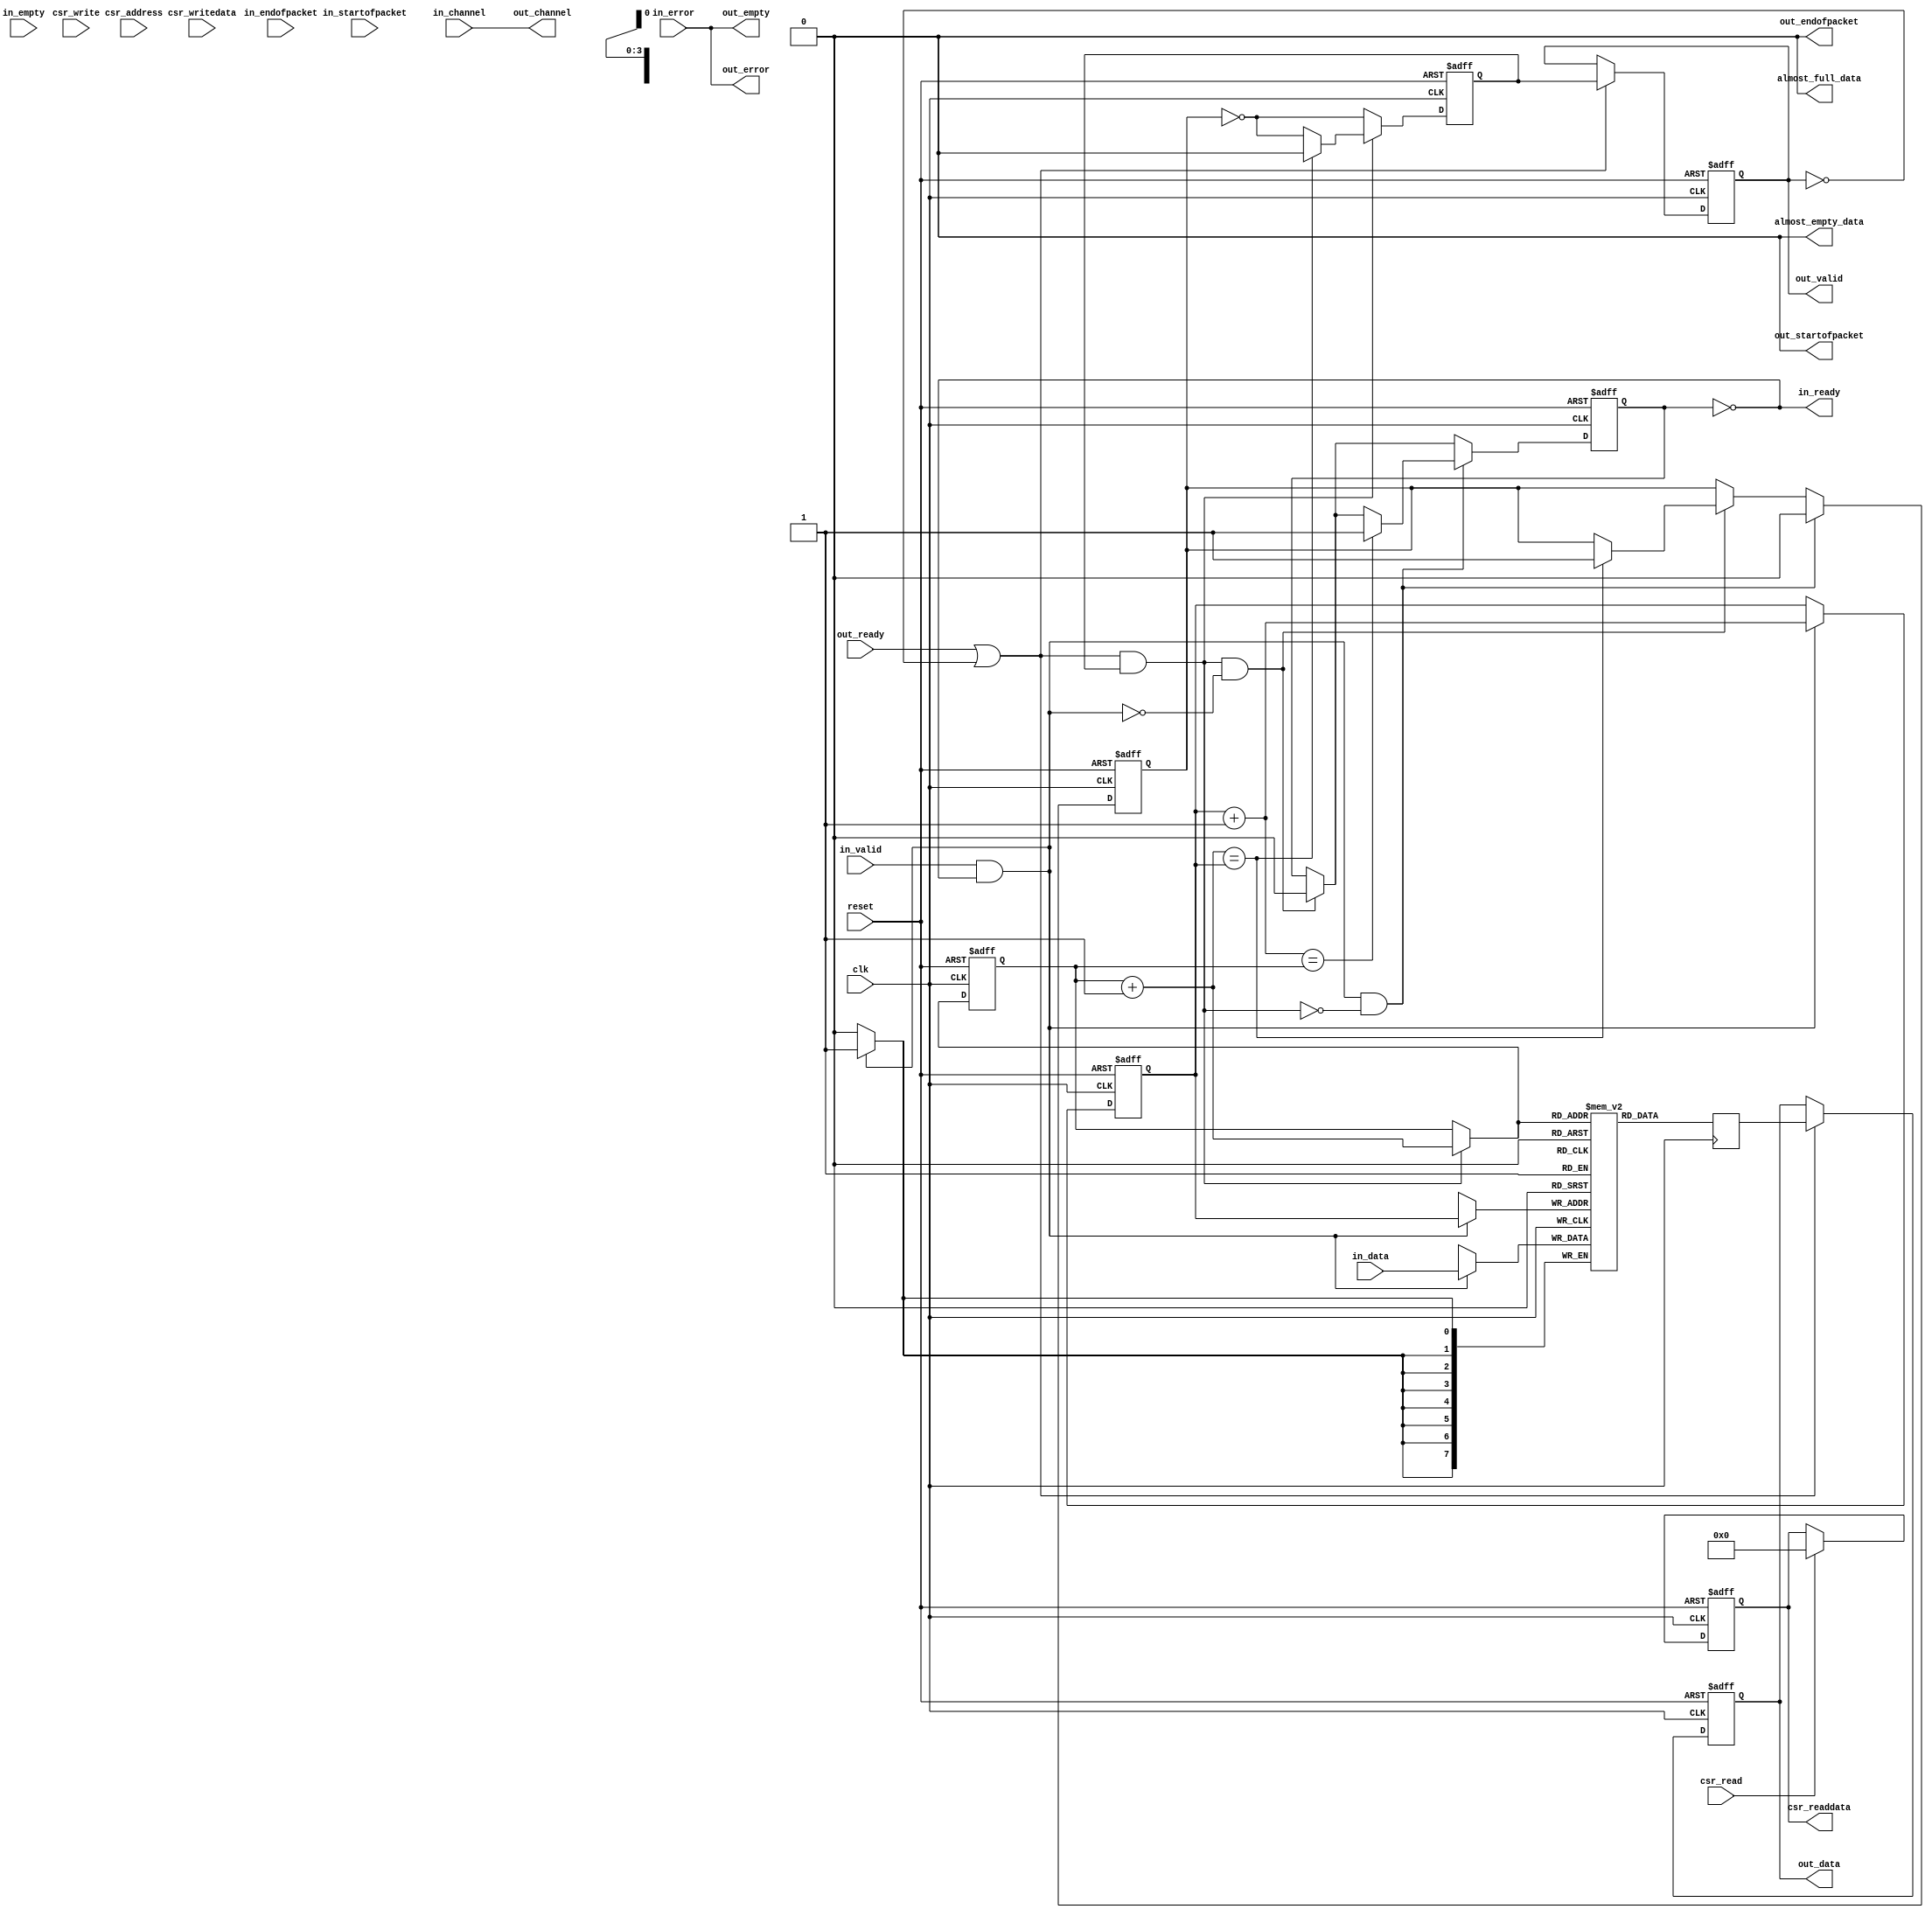
module ddr2_v10_1_altera_avalon_sc_fifo
#(
    parameter SYMBOLS_PER_BEAT  = 1,
    parameter BITS_PER_SYMBOL   = 8,
    parameter FIFO_DEPTH        = 16,
    parameter CHANNEL_WIDTH     = 0,
    parameter ERROR_WIDTH       = 0,
    parameter USE_PACKETS       = 0,
    parameter USE_FILL_LEVEL    = 0,
    parameter USE_STORE_FORWARD = 0,
    parameter USE_ALMOST_FULL_IF = 0,
    parameter USE_ALMOST_EMPTY_IF = 0,

    parameter EMPTY_LATENCY     = 3,
    parameter USE_MEMORY_BLOCKS = 1,

    parameter DATA_WIDTH  = SYMBOLS_PER_BEAT * BITS_PER_SYMBOL,
    parameter EMPTY_WIDTH = log2ceil(SYMBOLS_PER_BEAT)
)
(
    input                       clk,
    input                       reset,

    input [DATA_WIDTH-1: 0]     in_data,
    input                       in_valid,
    input                       in_startofpacket,
    input                       in_endofpacket,
    input [((EMPTY_WIDTH>0) ? (EMPTY_WIDTH-1):0) : 0]     in_empty,
    input [((ERROR_WIDTH>0) ? (ERROR_WIDTH-1):0) : 0]     in_error,
    input [((CHANNEL_WIDTH>0) ? (CHANNEL_WIDTH-1):0): 0]  in_channel,
    output                      in_ready,

    output [DATA_WIDTH-1 : 0]   out_data,
    output reg                  out_valid,
    output                      out_startofpacket,
    output                      out_endofpacket,
    output [((EMPTY_WIDTH>0) ? (EMPTY_WIDTH-1):0) : 0]    out_empty,
    output [((ERROR_WIDTH>0) ? (ERROR_WIDTH-1):0) : 0]    out_error,
    output [((CHANNEL_WIDTH>0) ? (CHANNEL_WIDTH-1):0): 0] out_channel,
    input                       out_ready,

    input [(USE_STORE_FORWARD ? 2 : 1) : 0]   csr_address,
    input                       csr_write,
    input                       csr_read,
    input [31 : 0]              csr_writedata,
    output reg [31 : 0]         csr_readdata,

    output  wire                almost_full_data,
    output  wire                almost_empty_data
);

    localparam ADDR_WIDTH   = log2ceil(FIFO_DEPTH);
    localparam DEPTH        = FIFO_DEPTH;
    localparam PKT_SIGNALS_WIDTH = 2 + EMPTY_WIDTH;
    localparam PAYLOAD_WIDTH     = (USE_PACKETS == 1) ? 
                   2 + EMPTY_WIDTH + DATA_WIDTH + ERROR_WIDTH + CHANNEL_WIDTH:
                   DATA_WIDTH + ERROR_WIDTH + CHANNEL_WIDTH;

    genvar i;

    reg [PAYLOAD_WIDTH-1 : 0] mem [DEPTH-1 : 0];
    reg [ADDR_WIDTH-1 : 0]  wr_ptr;
    reg [ADDR_WIDTH-1 : 0]  rd_ptr;
    reg [DEPTH-1      : 0]  mem_used;

    wire [ADDR_WIDTH-1 : 0] next_wr_ptr;
    wire [ADDR_WIDTH-1 : 0] next_rd_ptr;
    wire [ADDR_WIDTH-1 : 0] incremented_wr_ptr;
    wire [ADDR_WIDTH-1 : 0] incremented_rd_ptr;

    wire [ADDR_WIDTH-1 : 0] mem_rd_ptr;

    wire read;
    wire write;

    reg empty;
    reg next_empty;
    reg full;
    reg next_full;

    wire [PKT_SIGNALS_WIDTH-1 : 0] in_packet_signals;
    wire [PKT_SIGNALS_WIDTH-1 : 0] out_packet_signals;
    wire [PAYLOAD_WIDTH-1 : 0] in_payload;
    reg  [PAYLOAD_WIDTH-1 : 0] internal_out_payload;
    reg  [PAYLOAD_WIDTH-1 : 0] out_payload;

    reg  internal_out_valid;
    wire internal_out_ready;

    reg  [ADDR_WIDTH : 0] fifo_fill_level;
    reg  [ADDR_WIDTH : 0] fill_level;

    reg  [ADDR_WIDTH-1 : 0]   sop_ptr = 0;
    reg  [23:0]   almost_full_threshold;
    reg  [23:0]   almost_empty_threshold;
    reg  [23:0]   cut_through_threshold;
    reg  [15:0]   pkt_cnt;
    reg           drop_on_error_en;
    reg           error_in_pkt;
    reg           pkt_has_started;
    reg           sop_has_left_fifo;
    reg           fifo_too_small_r;
    reg           pkt_cnt_eq_zero;
    reg           pkt_cnt_eq_one;

    wire          wait_for_threshold;
    reg           pkt_mode;
    wire          wait_for_pkt;
    wire          ok_to_forward;
    wire          in_pkt_eop_arrive;
    wire          out_pkt_leave;
    wire          in_pkt_start;
    wire          in_pkt_error;
    wire          drop_on_error;
    wire          fifo_too_small;
    wire          out_pkt_sop_leave;
    wire [31:0]   max_fifo_size;

    generate
        if (EMPTY_WIDTH > 0) begin
            assign in_packet_signals = {in_startofpacket, in_endofpacket, in_empty};
            assign {out_startofpacket, out_endofpacket, out_empty} = out_packet_signals;
        end 
        else begin
            assign out_empty = in_error;
            assign in_packet_signals = {in_startofpacket, in_endofpacket};
            assign {out_startofpacket, out_endofpacket} = out_packet_signals;
        end
    endgenerate

    generate
        if (USE_PACKETS) begin
            if (ERROR_WIDTH > 0) begin
                if (CHANNEL_WIDTH > 0) begin
                    assign in_payload = {in_packet_signals, in_data, in_error, in_channel};
                    assign {out_packet_signals, out_data, out_error, out_channel} = out_payload;
                end
                else begin
                    assign out_channel = in_channel;
                    assign in_payload = {in_packet_signals, in_data, in_error};
                    assign {out_packet_signals, out_data, out_error} = out_payload;
                end
            end
            else begin
                assign out_error = in_error;
                if (CHANNEL_WIDTH > 0) begin
                    assign in_payload = {in_packet_signals, in_data, in_channel};
                    assign {out_packet_signals, out_data, out_channel} = out_payload;
                end
                else begin
                    assign out_channel = in_channel;
                    assign in_payload = {in_packet_signals, in_data};
                    assign {out_packet_signals, out_data} = out_payload;
                end
            end
        end
        else begin 
            assign out_packet_signals = 0;
            if (ERROR_WIDTH > 0) begin
                if (CHANNEL_WIDTH > 0) begin
                    assign in_payload = {in_data, in_error, in_channel};
                    assign {out_data, out_error, out_channel} = out_payload;
                end
                else begin
                    assign out_channel = in_channel;
                    assign in_payload = {in_data, in_error};
                    assign {out_data, out_error} = out_payload;
                end
            end
            else begin
                assign out_error = in_error;
                if (CHANNEL_WIDTH > 0) begin
                    assign in_payload = {in_data, in_channel};
                    assign {out_data, out_channel} = out_payload;
                end
                else begin
                    assign out_channel = in_channel;
                    assign in_payload = in_data;
                    assign out_data = out_payload;
                end
            end
        end
    endgenerate

    generate if (USE_MEMORY_BLOCKS == 1) begin

        if (EMPTY_LATENCY == 1) begin

            always @(posedge clk) begin
                if (in_valid && in_ready)
                    mem[wr_ptr] = in_payload;

                internal_out_payload = mem[mem_rd_ptr];
            end

        end else begin

            always @(posedge clk) begin
                if (in_valid && in_ready)
                    mem[wr_ptr] <= in_payload;

                internal_out_payload <= mem[mem_rd_ptr];
            end

        end

        assign mem_rd_ptr = next_rd_ptr;
    
    end else begin 

        for (i = 0; i < DEPTH-1; i = i + 1) begin : shift_reg
            always @(posedge clk or posedge reset) begin
                if (reset) begin
                    mem[i] <= 0;
                end 
                else if (read || !mem_used[i]) begin
                    if (!mem_used[i+1])
                        mem[i] <= in_payload;
                    else
                        mem[i] <= mem[i+1];
                end
            end
        end

        always @(posedge clk, posedge reset) begin
            if (reset) begin
                mem[DEPTH-1] <= 0;
            end 
            else begin
                if (!mem_used[DEPTH-1])
                    mem[DEPTH-1] <= in_payload;

                if (DEPTH == 1) begin
                    if (write)
                        mem[DEPTH-1] <= in_payload;
                end
            end
        end

    end
    endgenerate

    assign read  = internal_out_ready && internal_out_valid  && ok_to_forward;
    assign write = in_ready && in_valid;

    generate if (USE_MEMORY_BLOCKS == 1) begin

        assign incremented_wr_ptr = wr_ptr + 1'b1;
        assign incremented_rd_ptr = rd_ptr + 1'b1;
        assign next_wr_ptr =  drop_on_error ? sop_ptr : write ?  incremented_wr_ptr : wr_ptr;
        assign next_rd_ptr = (read) ? incremented_rd_ptr : rd_ptr;

        always @(posedge clk or posedge reset) begin
            if (reset) begin
                wr_ptr <= 0;
                rd_ptr <= 0;
            end
            else begin
                wr_ptr <= next_wr_ptr;
                rd_ptr <= next_rd_ptr;
            end
        end

    end else begin

        always @(posedge clk or posedge reset) begin
            if (reset) begin
                mem_used[0] <= 0;
            end 
            else begin
                if (write ^ read) begin
                    if (read) begin
                        if (DEPTH > 1) 
                            mem_used[0] <= mem_used[1];
                        else
                            mem_used[0] <= 0;
                    end
                    if (write)
                        mem_used[0] <= 1;
                end
            end
        end

        if (DEPTH > 1) begin
            always @(posedge clk or posedge reset) begin
                if (reset) begin
                    mem_used[DEPTH-1] <= 0;
                end
                else begin 
                    if (write ^ read) begin            
                        mem_used[DEPTH-1] <= 0;
                        if (write)
                            mem_used[DEPTH-1] <= mem_used[DEPTH-2];
                    end
                end
            end
          end
     
        for (i = 1; i < DEPTH-1; i = i + 1) begin : storage_logic
            always @(posedge clk, posedge reset) begin
                if (reset) begin
                    mem_used[i] <= 0;
                end 
                else begin
                    if (write ^ read) begin
                        if (read)
                            mem_used[i] <= mem_used[i+1];
                        if (write) 
                            mem_used[i] <= mem_used[i-1];
                    end
                end
            end
        end
     
    end
    endgenerate


    generate if (USE_MEMORY_BLOCKS == 1) begin

        always @* begin
            next_full = full;
            next_empty = empty;
     
            if (read && !write) begin
                next_full = 1'b0;
     
                if (incremented_rd_ptr == wr_ptr)
                    next_empty = 1'b1;
            end
            
            if (write && !read) begin
                if (!drop_on_error)
                  next_empty = 1'b0;
                else if (sop_ptr == rd_ptr)   // drop on error and only 1 pkt in fifo
                  next_empty = 1'b1;
     
                if (incremented_wr_ptr == rd_ptr && !drop_on_error)
                    next_full = 1'b1;
            end

            if (write && read && drop_on_error) begin
                if (sop_ptr == next_rd_ptr)
                  next_empty = 1'b1;
            end
        end
     
        always @(posedge clk or posedge reset) begin
            if (reset) begin
                empty <= 1;
                full  <= 0;
            end
            else begin 
                empty <= next_empty;
                full  <= next_full;
            end
        end

    end else begin
        always @* begin
            full  = mem_used[DEPTH-1];
            empty = !mem_used[0];

            if (DEPTH == 1)
                full = mem_used[0] && !read;

            internal_out_payload = mem[0];

            if (EMPTY_LATENCY == 0) begin
                empty = !mem_used[0] && !in_valid;

                if (!mem_used[0] && in_valid)
                    internal_out_payload = in_payload;
            end
        end

    end
    endgenerate

    assign in_ready = !full;
    assign internal_out_ready = out_ready || !out_valid;

    generate if (EMPTY_LATENCY > 1) begin
        always @(posedge clk or posedge reset) begin
            if (reset)
                internal_out_valid <= 0;
            else begin
                internal_out_valid <= !empty & ok_to_forward & ~drop_on_error;

                if (read) begin
                    if (incremented_rd_ptr == wr_ptr)
                        internal_out_valid <= 1'b0;
                end
            end
        end
    end else begin
        always @* begin
            internal_out_valid = !empty & ok_to_forward;
        end
    end
    endgenerate

    generate if (EMPTY_LATENCY == 3) begin
        always @(posedge clk or posedge reset) begin
            if (reset) begin
                out_valid   <= 0;
                out_payload <= 0;
            end
            else begin
                if (internal_out_ready) begin
                    out_valid   <= internal_out_valid & ok_to_forward;
                    out_payload <= internal_out_payload;
                end
            end
        end
    end
    else begin
        always @* begin
            out_valid   = internal_out_valid;
            out_payload = internal_out_payload;
        end
    end
    endgenerate

    generate if (USE_FILL_LEVEL) begin
        wire [31:0] depth32;
        assign depth32 = DEPTH;
        always @(posedge clk or posedge reset) begin
            if (reset) 
                fifo_fill_level <= 0;
            else if (next_full & !drop_on_error)
                fifo_fill_level <= depth32[ADDR_WIDTH:0];
            else begin
                fifo_fill_level[ADDR_WIDTH]     <= 1'b0;
                fifo_fill_level[ADDR_WIDTH-1 : 0] <= next_wr_ptr - next_rd_ptr;
            end
        end

        always @* begin
            fill_level = fifo_fill_level;

            if (EMPTY_LATENCY == 3)
                fill_level = fifo_fill_level + {{ADDR_WIDTH{1'b0}}, out_valid};
        end
    end
    else begin
          always @* begin
            fill_level = 0;
          end
    end
    endgenerate

    generate if (USE_ALMOST_FULL_IF) begin
      assign almost_full_data = (fill_level >= almost_full_threshold);
    end
    else
      assign almost_full_data = 0;
    endgenerate

    generate if (USE_ALMOST_EMPTY_IF) begin
      assign almost_empty_data = (fill_level <= almost_empty_threshold);
    end
    else
      assign almost_empty_data = 0;
    endgenerate

    generate if (USE_STORE_FORWARD) begin
    assign max_fifo_size = FIFO_DEPTH - 1;
      always @(posedge clk or posedge reset) begin
          if (reset) begin
              almost_full_threshold  <= max_fifo_size[23 : 0];
              almost_empty_threshold <= 0;
              cut_through_threshold  <= 0;
              drop_on_error_en       <= 0;
              csr_readdata           <= 0;
              pkt_mode               <= 1'b1;
          end
          else begin
             if (csr_write) begin
               if(csr_address == 3'b010)
                  almost_full_threshold  <= csr_writedata[23:0]; 
               if(csr_address == 3'b011)
                  almost_empty_threshold <= csr_writedata[23:0]; 
               if(csr_address == 3'b100) begin
                  cut_through_threshold  <= csr_writedata[23:0]; 
                  pkt_mode <= (csr_writedata[23:0] == 0);
                end
               if(csr_address == 3'b101)
                  drop_on_error_en       <= csr_writedata[0]; 
              end

              if (csr_read) begin
                csr_readdata <= 32'b0;
                if (csr_address == 0)
                    csr_readdata <= {{(31 - ADDR_WIDTH){1'b0}}, fill_level};
                if (csr_address == 2)
                    csr_readdata <= {8'b0, almost_full_threshold};
                if (csr_address == 3)
                    csr_readdata <= {8'b0, almost_empty_threshold};
                if (csr_address == 4)
                    csr_readdata <= {8'b0, cut_through_threshold};
                if (csr_address == 5)
                    csr_readdata <= {31'b0, drop_on_error_en};
              end
          end
      end
    end
    else if (USE_ALMOST_FULL_IF || USE_ALMOST_EMPTY_IF) begin
    assign max_fifo_size = FIFO_DEPTH - 1;
      always @(posedge clk or posedge reset) begin
          if (reset) begin
              almost_full_threshold  <= max_fifo_size[23 : 0];
              almost_empty_threshold <= 0;
              csr_readdata           <= 0;
          end
          else begin
             if (csr_write) begin
               if(csr_address == 3'b010)
                  almost_full_threshold  <= csr_writedata[23:0];
               if(csr_address == 3'b011)
                  almost_empty_threshold <= csr_writedata[23:0];
              end

              if (csr_read) begin
                csr_readdata <= 32'b0;
                if (csr_address == 0)
                    csr_readdata <= {{(31 - ADDR_WIDTH){1'b0}}, fill_level};
                if (csr_address == 2)
                    csr_readdata <= {8'b0, almost_full_threshold};
                if (csr_address == 3)
                    csr_readdata <= {8'b0, almost_empty_threshold};
              end
          end
      end
    end
    else begin
      always @(posedge clk or posedge reset) begin
          if (reset) begin
              csr_readdata <= 0;
          end
          else if (csr_read) begin
              csr_readdata <= 0;

              if (csr_address == 0) 
                  csr_readdata <= fill_level;
          end
      end
    end
    endgenerate


    generate if (USE_STORE_FORWARD) begin
      assign wait_for_threshold   = (fifo_fill_level < cut_through_threshold) & wait_for_pkt ;
      assign wait_for_pkt         = pkt_cnt_eq_zero  | (pkt_cnt_eq_one  & out_pkt_leave);
      assign ok_to_forward        = (pkt_mode ? (~wait_for_pkt | ~pkt_has_started) : 
                                     ~wait_for_threshold) | fifo_too_small_r;
      assign in_pkt_eop_arrive    = in_valid & in_ready & in_endofpacket;
      assign in_pkt_start         = in_valid & in_ready & in_startofpacket;
      assign in_pkt_error         = in_valid & in_ready & |in_error;
      assign out_pkt_sop_leave    = out_valid & out_ready & out_startofpacket;
      assign out_pkt_leave        = out_valid & out_ready & out_endofpacket;
      assign fifo_too_small       = (pkt_mode ? wait_for_pkt : wait_for_threshold) & full & out_ready;

      always @(posedge clk or posedge reset) begin
        if (reset) begin
          pkt_cnt           <= 0;
          pkt_has_started   <= 0;
          sop_has_left_fifo <= 0;
          fifo_too_small_r  <= 0;
          pkt_cnt_eq_zero   <= 1'b1;
          pkt_cnt_eq_one    <= 1'b0;
        end
        else begin
          fifo_too_small_r <= fifo_too_small;

          if( in_pkt_eop_arrive )
            sop_has_left_fifo <= 1'b0;
          else if (out_pkt_sop_leave & pkt_cnt_eq_zero )
            sop_has_left_fifo <= 1'b1;

          if (in_pkt_eop_arrive & ~out_pkt_leave & ~drop_on_error ) begin
            pkt_cnt <= pkt_cnt + 1'b1;
            pkt_cnt_eq_zero <= 0;
            if (pkt_cnt == 0)
              pkt_cnt_eq_one <= 1'b1;
            else
              pkt_cnt_eq_one <= 1'b0;
          end
          else if((~in_pkt_eop_arrive | drop_on_error) & out_pkt_leave) begin
            pkt_cnt <= pkt_cnt - 1'b1;
            if (pkt_cnt == 1) 
              pkt_cnt_eq_zero <= 1'b1;
            else
              pkt_cnt_eq_zero <= 1'b0;
            if (pkt_cnt == 2) 
              pkt_cnt_eq_one <= 1'b1;
            else
              pkt_cnt_eq_one <= 1'b0;
          end

          if (in_pkt_start)
            pkt_has_started <= 1'b1;
          else if (in_pkt_eop_arrive)
            pkt_has_started <= 1'b0;
        end
      end

      always @(posedge clk or posedge reset) begin
        if (reset) begin
          sop_ptr <= 0;
          error_in_pkt <= 0;
        end
        else begin
          if ( in_pkt_start ) 
            sop_ptr <= wr_ptr;

          if (in_pkt_eop_arrive)
            error_in_pkt <= 1'b0;
          else if ( in_pkt_error & (pkt_has_started | in_pkt_start))
            error_in_pkt <= 1'b1;
        end
      end
      assign drop_on_error = drop_on_error_en & (error_in_pkt | in_pkt_error) & in_pkt_eop_arrive & 
                            ~sop_has_left_fifo & ~(out_pkt_sop_leave & pkt_cnt_eq_zero);

    end
    else begin
      assign ok_to_forward = 1'b1;
      assign drop_on_error = 1'b0;
    end
    endgenerate


    function integer log2ceil;
        input integer val;
        integer i;

        begin
            i = 1;
            log2ceil = 0;

            while (i < val) begin
                log2ceil = log2ceil + 1;
                i = i << 1; 
            end
        end
    endfunction

endmodule